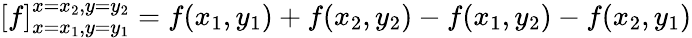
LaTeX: \left[f\right]_{x=x_{1},y=y_{1}}^{x=x_{2},y=y_{2}}=f(x_{1},y_{1})+f(x_{2},y_{2})-f(x_{1},y_{2})-f(x_{2},y_{1})